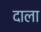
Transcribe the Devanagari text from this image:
दाला